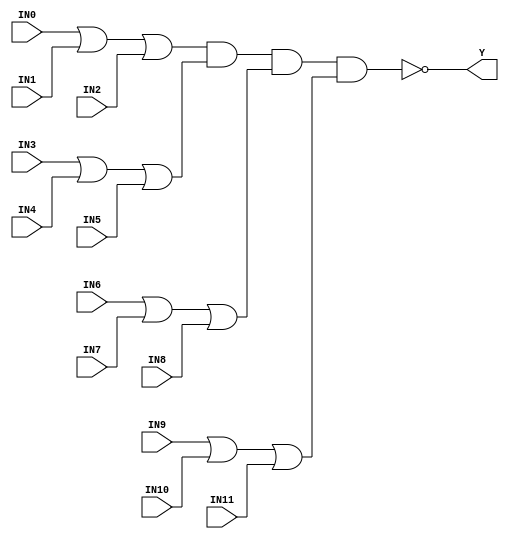
//------------------------------------------------------
// Copyright 1992, 1993 Cascade Design Automation Corporation.
//------------------------------------------------------
module stdoai3333(IN0,IN1,IN2,IN3,IN4,IN5,IN6,IN7,IN8,IN9,IN10,IN11,Y);
  parameter
        d_IN0_r = 0,
        d_IN0_f = 0,
        d_IN1_r = 0,
        d_IN1_f = 0,
        d_IN2_r = 0,
        d_IN2_f = 0,
        d_IN3_r = 0,
        d_IN3_f = 0,
        d_IN4_r = 0,
        d_IN4_f = 0,
        d_IN5_r = 0,
        d_IN5_f = 0,
        d_IN6_r = 0,
        d_IN6_f = 0,
        d_IN7_r = 0,
        d_IN7_f = 0,
        d_IN8_r = 0,
        d_IN8_f = 0,
        d_IN9_r = 0,
        d_IN9_f = 0,
        d_IN10_r = 0,
        d_IN10_f = 0,
        d_IN11_r = 0,
        d_IN11_f = 0,
        d_Y_r = 1,
        d_Y_f = 1;
  input  IN0;
  input  IN1;
  input  IN2;
  input  IN3;
  input  IN4;
  input  IN5;
  input  IN6;
  input  IN7;
  input  IN8;
  input  IN9;
  input  IN10;
  input  IN11;
  output  Y;
  wire  IN0_temp;
  wire  IN1_temp;
  wire  IN2_temp;
  wire  IN3_temp;
  wire  IN4_temp;
  wire  IN5_temp;
  wire  IN6_temp;
  wire  IN7_temp;
  wire  IN8_temp;
  wire  IN9_temp;
  wire  IN10_temp;
  wire  IN11_temp;
  reg  Y_temp;
  assign #(d_IN0_r,d_IN0_f) IN0_temp = IN0;
  assign #(d_IN1_r,d_IN1_f) IN1_temp = IN1;
  assign #(d_IN2_r,d_IN2_f) IN2_temp = IN2;
  assign #(d_IN3_r,d_IN3_f) IN3_temp = IN3;
  assign #(d_IN4_r,d_IN4_f) IN4_temp = IN4;
  assign #(d_IN5_r,d_IN5_f) IN5_temp = IN5;
  assign #(d_IN6_r,d_IN6_f) IN6_temp = IN6;
  assign #(d_IN7_r,d_IN7_f) IN7_temp = IN7;
  assign #(d_IN8_r,d_IN8_f) IN8_temp = IN8;
  assign #(d_IN9_r,d_IN9_f) IN9_temp = IN9;
  assign #(d_IN10_r,d_IN10_f) IN10_temp = IN10;
  assign #(d_IN11_r,d_IN11_f) IN11_temp = IN11;
  assign #(d_Y_r,d_Y_f) Y = Y_temp;
  always
    @(IN0_temp or IN1_temp or IN2_temp or IN3_temp or IN4_temp or IN5_temp or IN6_temp or IN7_temp or IN8_temp or IN9_temp or IN10_temp or IN11_temp)
      begin
      Y_temp = ( ~ (((((IN0_temp | IN1_temp) | IN2_temp) & ((IN3_temp | IN4_temp) | IN5_temp)) & ((IN6_temp | IN7_temp) | IN8_temp)) & ((IN9_temp | IN10_temp) | IN11_temp)));
      end
endmodule